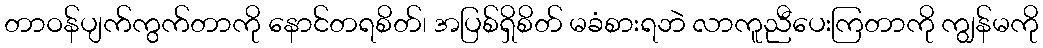
တာဝန်ပျက်ကွက်တာကို နောင်တရစိတ်၊ အပြစ်ရှိစိတ် မခံစားရဘဲ လာကူညီပေးကြတာကို ကျွန်မကို